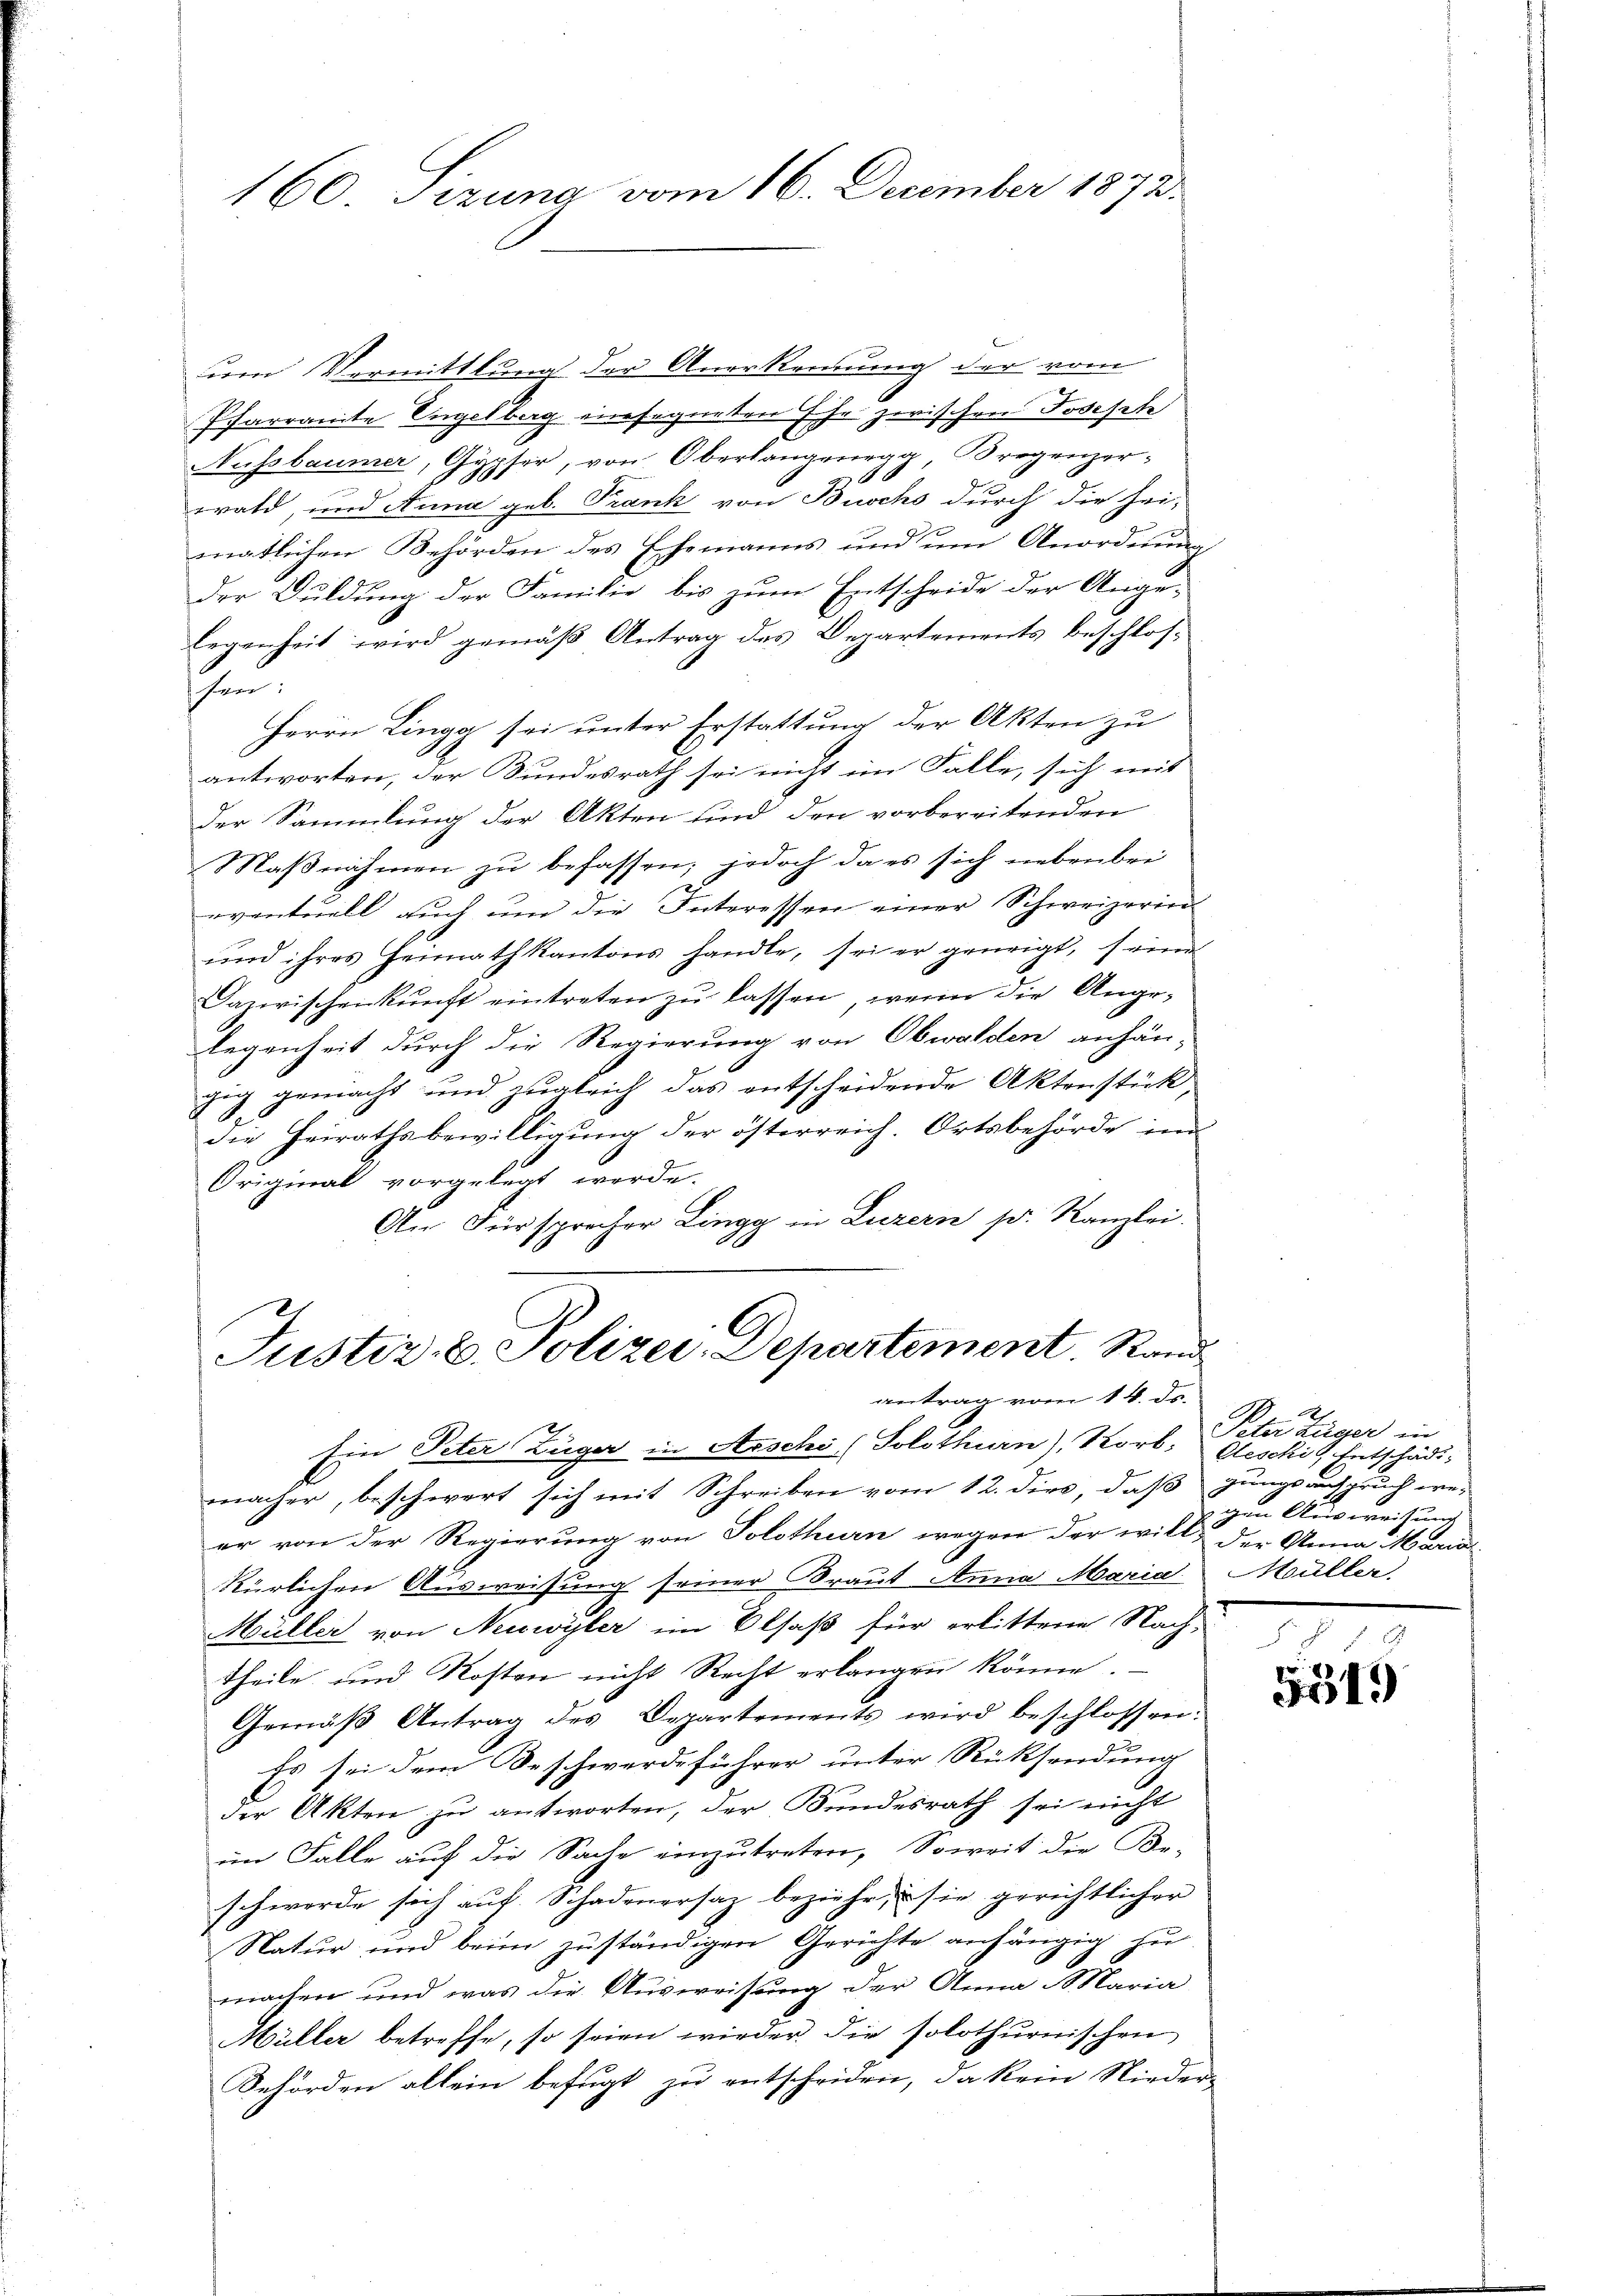
160 Sizung vom 16. December 1873.

um Vermittlung der Anerkennung der vom
Pfarramte Engelberg einsegneten Ehe zwischen Josefetz
Nussbaumer, Gypfer, von Oberlangenegg, Bregenzer-
d
wald, und Anna geb. Frank von Buschs durch die hei-
matlichen Behörden des Ehemanns und um Anordnung
der Duldung der Familie bis zum Entscheide der Ange-
legenheit wird gemäß Antrag des Departements beschlossen:
Herrn Lingg sei unter Erstattung der Akten zu
antworten, der Bundesrath sei nicht im Falle, sich mit
der Sammlung der Akten sind den vorbereitenden
Maβnahmen zu befassen; jedoch da es sich nebenbei
eventuell aŭch ŭm die Interessen einer Schweizerin
und ihres Heimathkantons handle, sei er geneigt, seine
Dazwischenkunft eintreten zu lassen, wenn die Angelegenheit durch die Regierung von Obwalden anhän-
gig gemacht und zugleich das entscheidende Aktenstück
d
die Heirathsbewilligung der österreich. Ortsbehörde in
Original vorgelegt werde.
An Fürsprecher Lingg in Luzern p. Kanzlei.

Justiz- & Polizei Departement. Stand
antrag vom 14. ds.

2
Ein Peter Züger in Arschi (Solothurn), Korb, Aeschi Entschädimacher, beschwert sich mit Schreiben vom 12. dies, daß gungsanspruch we-
er von der Regierung von Solothurn wegen der will der Anna Marial-
Rürlichen Ausweisung seiner Braut Anna Maria
Müller von Neuwyler im Elsaß für erlittene Nach-
theile und Kosten nicht Recht erlangen könne.
Gemäβ Antrag des Departements wird beschlossen:
Es sei dem Beschwerdeführer unter Rücksendung
der Akten zu antworten, der Bundesrath sei nicht
im Falle auf die Sache einzutreten, Soweit die Be-
schwerde sich auf. Schadenersaz beziehe, sie gerichtlicher
Natur und beim zuständigen Gerichte anhängig zu
machen und was die Ausweisung der Anna Maria
Müller betreffe, so seien wieder. Die solothurnischen
Behörden allein befugt zu entscheiden, da kein Nieder-

Peter Züger in
igen Ausweisung
Müller.

§ §. 7. S
e
o19